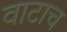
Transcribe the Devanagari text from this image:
वाटाच